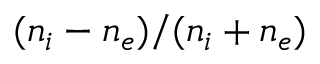
( n _ { i } - n _ { e } ) / ( n _ { i } + n _ { e } )